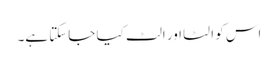
اس کو الٹا اور الٹ کیا جاسکتا ہے۔